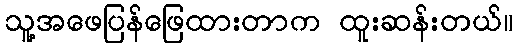
သူ့အဖေပြန်ဖြေထားတာက ထူးဆန်းတယ်။